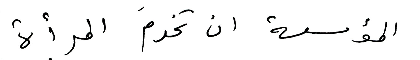
المؤسسة ان تخدمَ المرأة